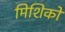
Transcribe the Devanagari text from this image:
मिशिको